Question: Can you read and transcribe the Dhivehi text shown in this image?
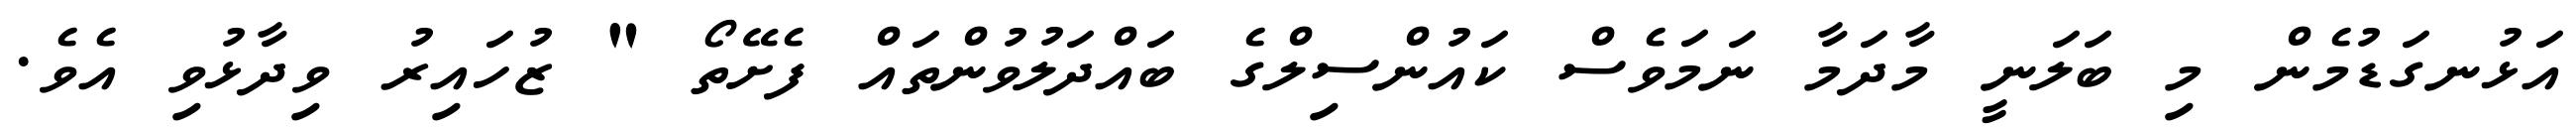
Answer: އަޅުނގަޑުމެން މި ބަލަނީ މާދަމާ ނަމަވެސް ކައުންސިލްގެ ބައްދަލުވުންތައް ފެށޭތޯ " ޒުހައިރު ވިދާޅުވި އެވެ.